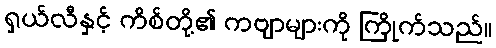
ရှယ်လီနှင့် ကိစ်တို့၏ ကဗျာများကို ကြိုက်သည်။